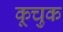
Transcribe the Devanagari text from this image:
कूचुक